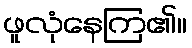
ဖူလုံနေကြ၏။